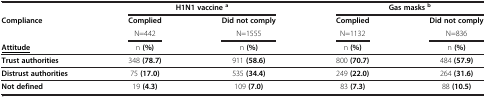
<table><thead><tr><td><b> </b></td><td colspan="2"><b>H1N1 vaccine <sup>a</sup></b></td><td colspan="2"><b>Gas masks <sup>b</sup></b></td></tr><tr><td rowspan="2"><b>Compliance</b></td><td><b>Complied</b></td><td><b>Did not comply</b></td><td><b>Complied</b></td><td><b>Did not comply</b></td></tr><tr><td><b>N=442</b></td><td><b>N=1555</b></td><td><b>N=1132</b></td><td><b>N=836</b></td></tr><tr><td><b><underline>Attitude</underline></b></td><td><b>n (%)</b></td><td><b>n (%)</b></td><td><b>n (%)</b></td><td><b>n (%)</b></td></tr></thead><tbody><tr><td><b>Trust authorities</b></td><td>348 <b>(78.7)</b></td><td>911 <b>(58.6)</b></td><td>800 <b>(70.7)</b></td><td>484 <b>(57.9)</b></td></tr><tr><td><b>Distrust authorities</b></td><td>75 <b>(17.0)</b></td><td>535 <b>(34.4)</b></td><td>249 <b>(22.0)</b></td><td>264 <b>(31.6)</b></td></tr><tr><td><b>Not defined</b></td><td>19 <b>(4.3)</b></td><td>109 <b>(7.0)</b></td><td>83 <b>(7.3)</b></td><td>88 <b>(10.5)</b></td></tr></tbody></table>